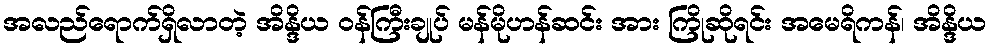
အလည်ရောက်ရှိလာတဲ့ အိန္ဒိယ ဝန်ကြီးချုပ် မန်မိုဟန်ဆင်း အား ကြိုဆိုရင်း အမေရိကန်၊ အိန္ဒိယ